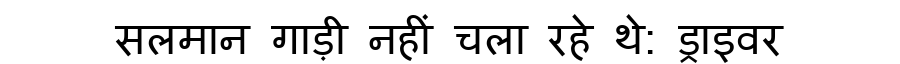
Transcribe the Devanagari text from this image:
सलमान गाड़ी नहीं चला रहे थे: ड्राइवर